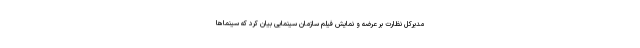
مدیرکل نظارت بر عرضه و نمایش فیلم سازمان سینمایی بیان کرد که سینماها